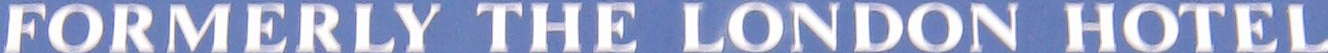
FORMERLY THE LONDON HOTEL